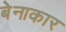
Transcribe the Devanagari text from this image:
बेनाकार